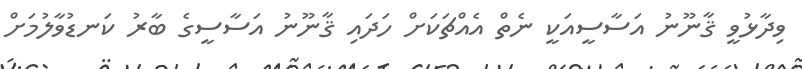
ވިދާޅުވީ ޤާނޫނު އަސާސީއަކީ ނެތް އެއްޗަކަށް ހަދައި ޤާނޫނު އަސާސީގެ ބާރު ކަނޑުވާލުމަށް